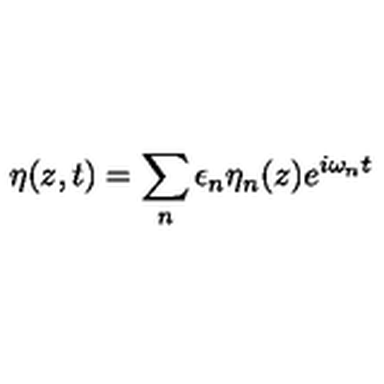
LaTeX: \eta ( z , t ) = \sum _ { n } \epsilon _ { n } \eta _ { n } ( z ) e ^ { i \omega _ { n } t }